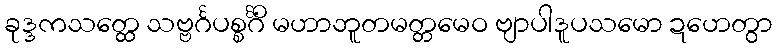
ခုဒ္ဒကသတ္ထေ သဗ္ဗင်္ဂပစ္စင်္ဂိံ မဟာဘူတမတ္တမေဝ ဗျာပါဒူပသမော ဍဟေတွာ